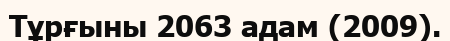
Тұрғыны 2063 адам (2009).